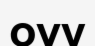
оұу